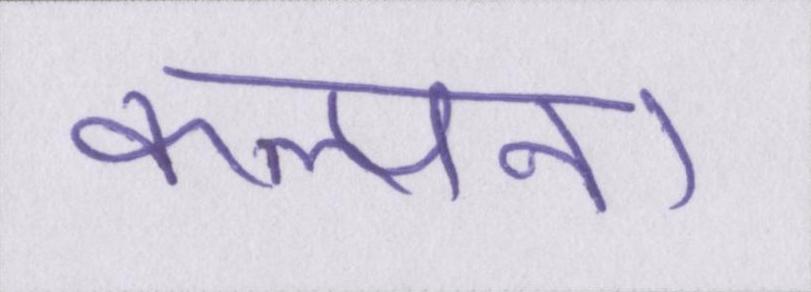
कल्पना